Reports on dispensaries and lunatic asylums in the Province of Oudh - 1869-1876
Year: 1869
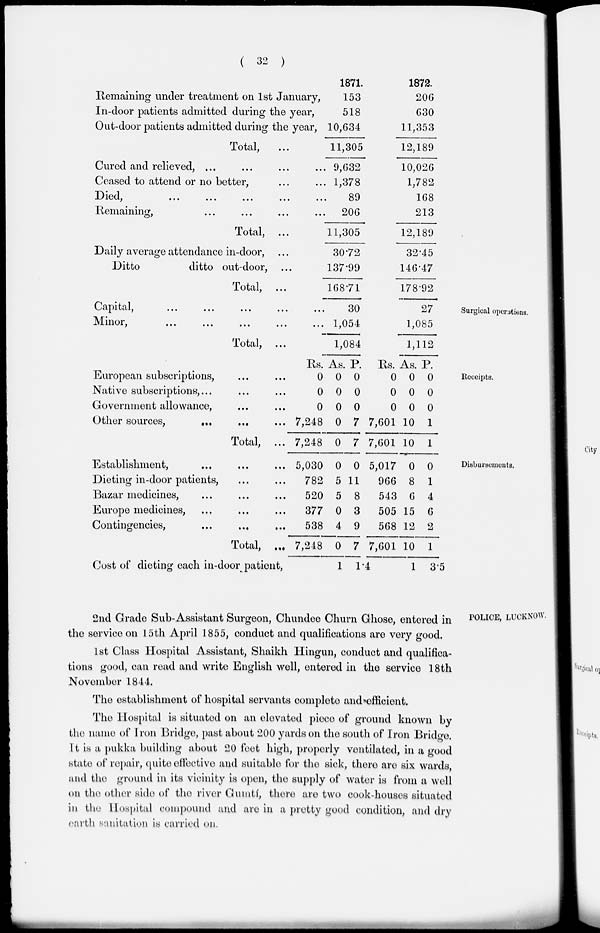
( 32 )
Remaining under treatment on 1st January,
In-door patients admitted during the year,
Out-door patients admitted during the year,
Total, ...
Cured and relieved, ... ... ... ...
Ceased to attend or no better, ... ...
Died, ... ... ... ... ...
Remaining, ... ... ... ...
Total, ...
Daily average attendance in-door, ...
Ditto
ditto out-door, ...
Total, ...
1871.
153
518
10,634
11,305
9,632
1,378
89
206
11,305
30.72
137.99
168.71
1872.
206
630
11,353
12,189
10,026
1,782
168
213
12,189
32.45
146.47
178.92
Surgical operations.
Capital,
...
...
... ... ...
Minor, ... ... ... ... ...
Total, ...
30
1,054
1,084
27
1,085
1,112
Receipts.
European subscriptions, ... ...
Native subscriptions, ... ...
Government allowance, ... ...
Other sources,
... ... ...
Total, ...
Rs.
0
0
0
7,248
7,248
As.
0
0
0
0
0
P.
0
0
0
7
7
Rs.
0
0
0
7,601
7,601
As.
0
0
0
10
10
P.
0
0
0
1
1
Disbursements.
Establishment, ... ... ...
Dieting in-door patients, ... ...
Bazar medicines, ... ... ...
Europe medicines, ... ... ...
Contingencies,
... ... ...
Total, ...
5,030
782
520
377
538
7,248
Cost of dieting each in-door patient,
0
5
5
0
4
0
1
0
11
8
3
9
7
1.4
5,017
966
543
505
568
7,601
0
8
6
15
12
10
1
0
1
4
6
2
1
3.5
POLICE, LUCKNOW.
2nd Grade Sub-Assistant Surgeon, Chundee Churn Ghose, entered in
the service on 15th April 1855, conduct and qualifications are very good.
1st Class Hospital Assistant, Shaikh Hingun, conduct and qualifica-
tions good, can read and write English well, entered in the service 18th
November 1844.
The establishment of hospital servants complete and efficient.
The Hospital is situated on an elevated piece of ground known by
the name of Iron Bridge, past about 200 yards on the south of Iron Bridge.
It is a pukka building about 20 feet high, properly ventilated, in a good
state of repair, quite effective and suitable for the sick, there are six wards,
and the ground in its vicinity is open, the supply of water is from a well
on the other side of the river Gumtí, there are two cook-houses situated
in the Hospital compound and are in a pretty good condition, and dry
earth sanitation is carried on.